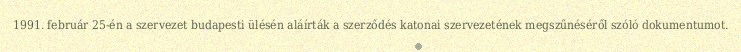
1991. február 25-én a szervezet budapesti ülésén aláírták a szerződés katonai szervezetének megszűnéséről szóló dokumentumot.